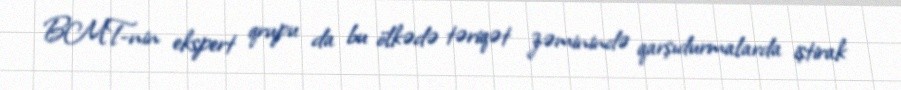
BMT-nin ekspert qrupu da bu ölkədə təriqət zəminində qarşıdurmalarda iştirak